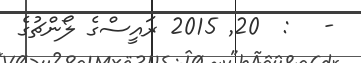
-   :  20